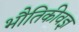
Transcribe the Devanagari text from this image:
भौतिकीवज्ञ